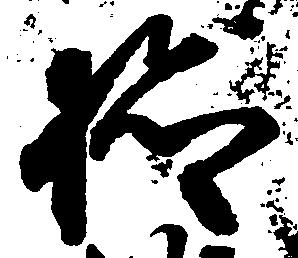
検